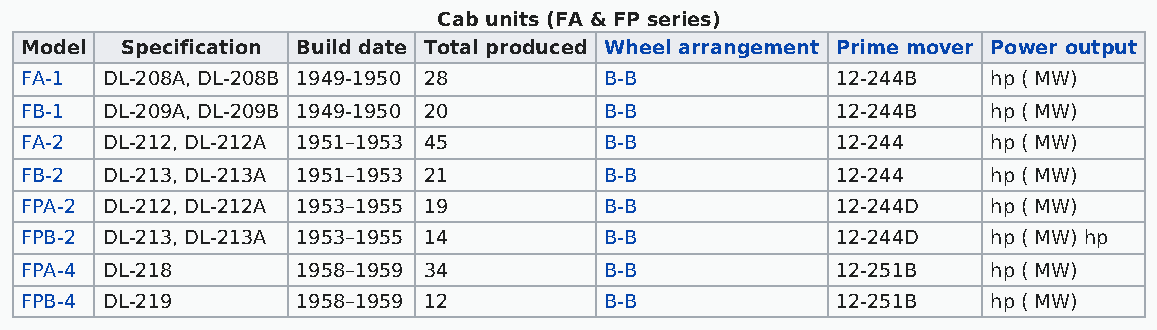
Cab units (FA & FP series)
 Model  Specification Build date Total produced Wheel arrangement Prime mover Power output
 FA-1  DL-208A, DL-208B 1949-1950 28    B-B            12-244B    hp ( MW)
 FB-1  DL-209A, DL-209B 1949-1950 20    B-B            12-244B    hp ( MW)
 FA-2  DL-212, DL-212A 1951–1953 45     B-B            12-244     hp ( MW)
 FB-2  DL-213, DL-213A 1951–1953 21     B-B            12-244     hp ( MW)
 FPA-2 DL-212, DL-212A 1953–1955 19     B-B            12-244D    hp ( MW)
 FPB-2 DL-213, DL-213A 1953–1955 14     B-B            12-244D    hp ( MW) hp
 FPA-4 DL-218       1958–1959 34        B-B            12-251B    hp ( MW)
 FPB-4 DL-219       1958–1959 12        B-B            12-251B    hp ( MW)